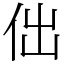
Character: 㑁